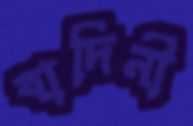
বাদিনী